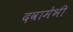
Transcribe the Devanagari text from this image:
दवामेभी